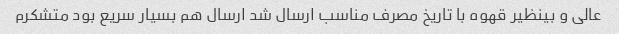
عالی و بینظیر قهوه با تاریخ مصرف مناسب ارسال شد ارسال هم بسیار سریع بود متشکرم